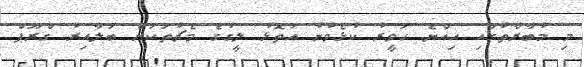
މި މުބާރާތުގައި އިއްޔެ ހަވީރު ކުޅެވުނު އަތޮޅު ލީގުގެ މެޗުތަކަށް ބަލާއިރު ގްރޫޕް